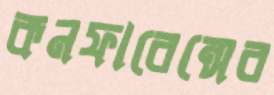
কনফারেন্সের